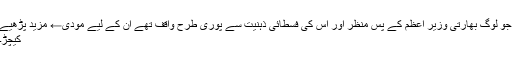
جو لوگ بھارتی وزیر اعظم کے پس منظر اور اس کی فسطائی ذہنیت سے پوری طرح واقف تھے ان کے لیے مودی← مزید پڑھیے
کیچڑ۔